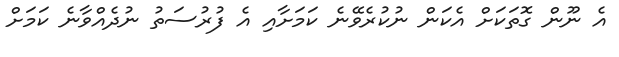
އެ ނޫން ގޮތަކަށް އެކަން ނުކުރެވޭނެ ކަމަށާއި އެ ފުރުސަތު ނުދެއްވާނެ ކަމަށް